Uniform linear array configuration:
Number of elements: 24
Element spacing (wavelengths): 0.25
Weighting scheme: hann
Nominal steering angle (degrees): -15
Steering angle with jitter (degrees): -15.124
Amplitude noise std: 0.05
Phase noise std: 0.05

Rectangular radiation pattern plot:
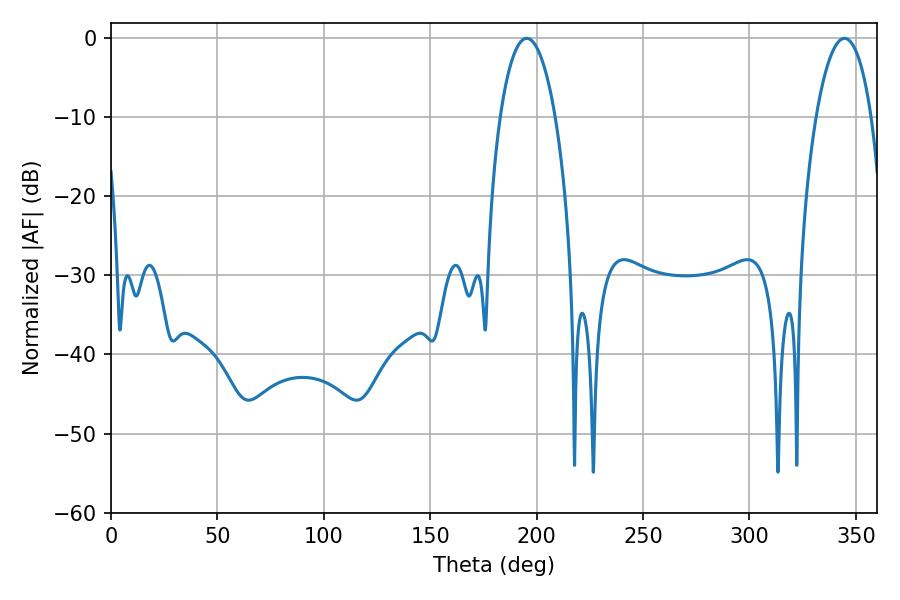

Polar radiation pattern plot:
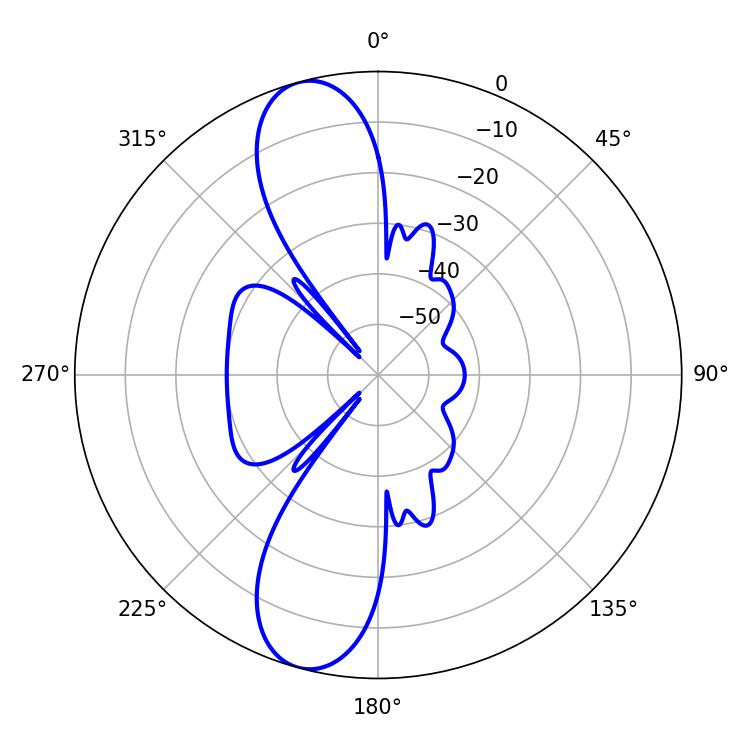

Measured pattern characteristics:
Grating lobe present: FALSE
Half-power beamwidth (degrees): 14.4
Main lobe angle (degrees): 195.3